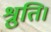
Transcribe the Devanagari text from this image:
श्रुति।